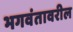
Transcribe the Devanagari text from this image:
भगवंतावरील